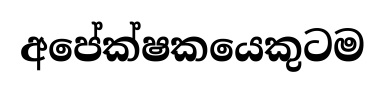
අපේක්ෂකයෙකුටම